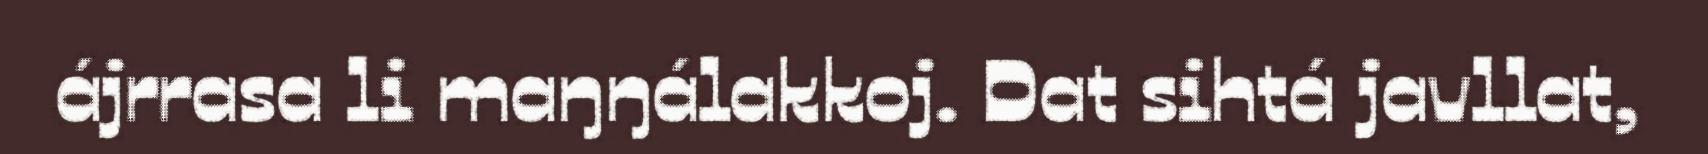
ájrrasa li maŋŋálakkoj. Dat sihtá javllat,